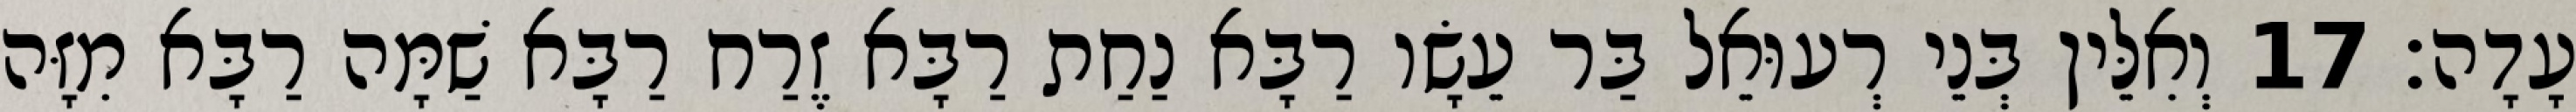
עָדָה׃ 17 וְאִלֵּין בְּנֵי רְעוּאֵל בַּר עֵשָׂו רַבָּא נַחַת רַבָּא זֶרַח רַבָּא שַׁמָּה רַבָּא מִזָּה